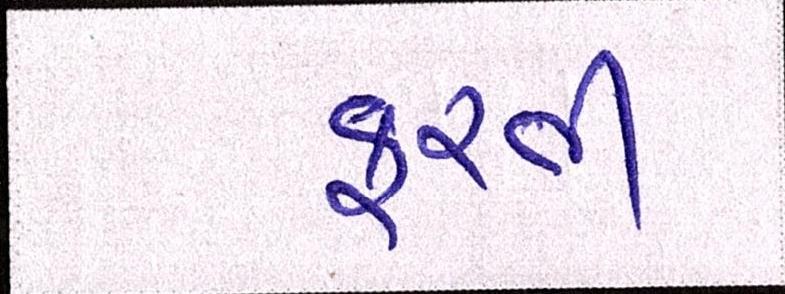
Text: ફરતી